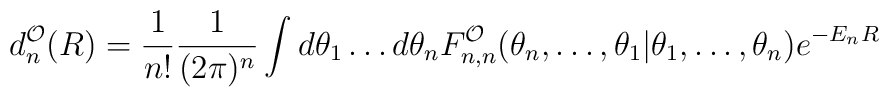
d_n^{\cal O}(R) =\frac{1}{n!} \frac{1}{(2 \pi)^n}\int d\theta_1\ldots d\theta_nF_{n,n}^{\cal O}(\theta_n,\ldots,\theta_1 |\theta_1,\ldots,\theta_n) e^{-E_n R} \,\,\,